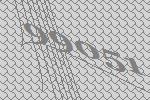
99051